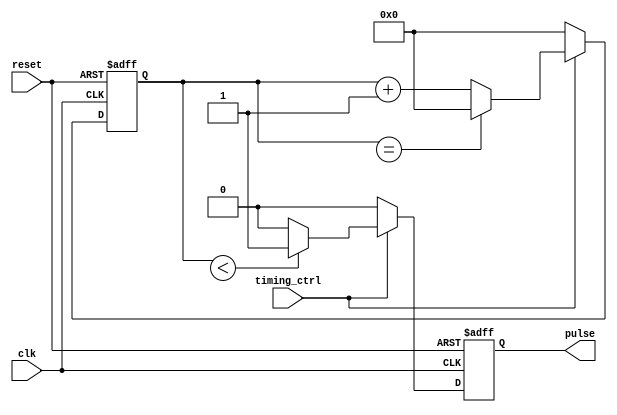
module SynchronousPulseGenerator (
    input wire clk,
    input wire reset,
    input wire timing_ctrl,
    output reg pulse
);

reg [31:0] counter;

always @(posedge clk or posedge reset) begin
    if (reset) begin
        counter <= 0;
        pulse <= 0;
    end else begin
        if (timing_ctrl) begin
            if (counter < {desired_pulse_width}) begin
                pulse <= 1;
            end else begin
                pulse <= 0;
            end
            counter <= counter + 1;
            if (counter == {desired_pulse_frequency}) begin
                counter <= 0;
            end
        end else begin
            pulse <= 0;
            counter <= 0;
        end
    end
end

endmodule